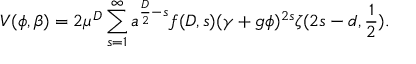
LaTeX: V ( \phi , \beta ) = 2 \mu ^ { D } \sum _ { s = 1 } ^ { \infty } a ^ { \frac { D } { 2 } - s } f ( D , s ) ( \gamma + g \phi ) ^ { 2 s } \zeta ( 2 s - d , \frac { 1 } { 2 } ) .